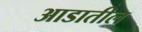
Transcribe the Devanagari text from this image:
आडातील